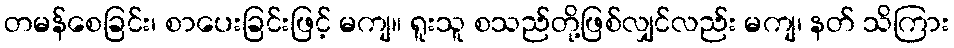
တမန်စေခြင်း၊ စာပေးခြင်းဖြင့် မကျ။ ရူးသူ စသည်တို့ဖြစ်လျှင်လည်း မကျ၊ နတ် သိကြား